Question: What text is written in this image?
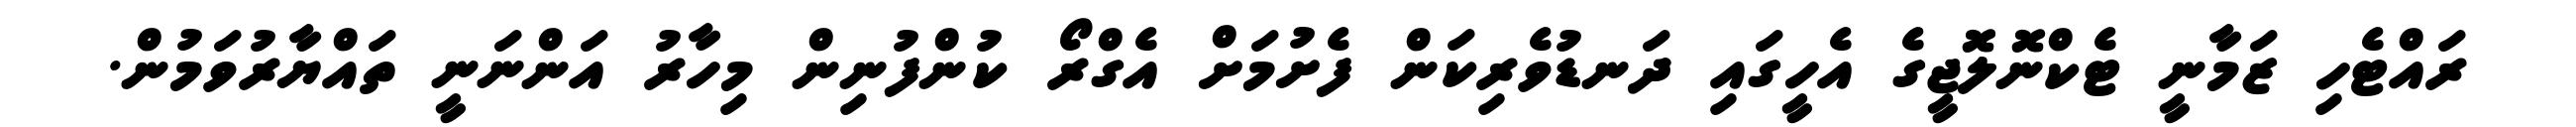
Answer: ރައްޓެހި ޒަމާނީ ޓެކްނޮލޮޖީގެ އެހީގައި ދަނޑުވެރިކަން ފެށުމަށް އެގްރޯ ކުންފުނިން މިހާރު އަންނަނީ ތައްޔާރުވަމުން.